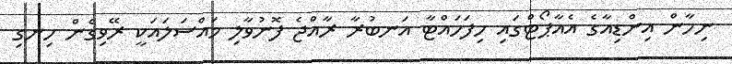
ނިހާން އިންޑިއާގެ އެއާޕޯޓްގައި ހިފަހައްޓާ އަނބުރާ ރާއްޖެ ފޮނުވާލި މައްސަލައަކީ ރޭވިގެން ހިނގި